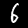
Digit: 6